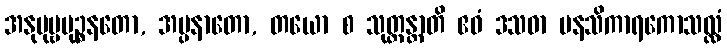
အနုပုဗ္ဗမုဉ္စနတော, အပ္ပနာတော, တယော စ သုတ္တန္တာတိ ဧဝံ ဒသဓာ မနသိကာရကောသလ္လံ